Civil Veterinary Department. Central Provinces & Berar 1932-41 - 1932-1941
Year: 1932
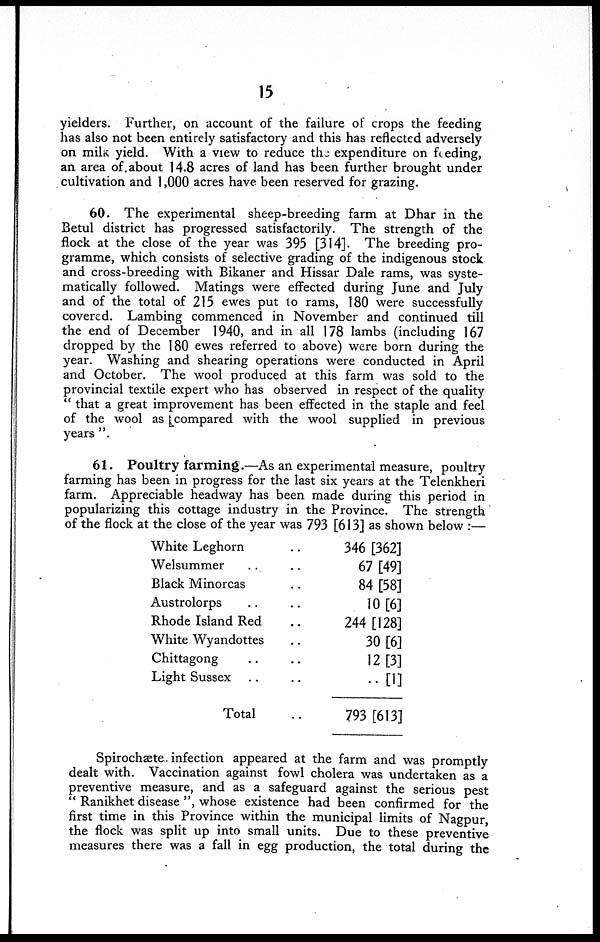
15
yielders. Further, on account of the failure of crops the feeding
has also not been entirely satisfactory and this has reflected adversely
on milk yield. With a view to reduce the expenditure on feeding,
an area of. about 14.8 acres of land has been further brought under
cultivation and 1,000 acres have been reserved for grazing.
60. The experimental sheep-breeding farm at Dhar in the
Betul district has progressed satisfactorily. The strength of the
flock at the close of the year was 395 [314]. The breeding pro-
gramme, which consists of selective grading of the indigenous stock
and cross-breeding with Bikaner and Hissar Dale rams, was syste-
matically followed. Matings were effected during June and July
and of the total of 215 ewes put to rams, 180 were successfully
covered. Lambing commenced in November and continued till
the end of December 1940, and in all 178 lambs (including 167
dropped by the 180 ewes referred to above) were born during the
year. Washing and shearing operations were conducted in April
and October. The wool produced at this farm was sold to the
provincial textile expert who has observed in respect of the quality
" that a great improvement has been effected in the staple and feel
of the wool as compared with the wool supplied in previous
years ".
61. Poultry farming.—As an experimental measure, poultry
farming has been in progress for the last six years at the Telenkheri
farm. Appreciable headway has been made during this period in
popularizing this cottage industry in the Province. The strength
of the flock at the close of the year was 793 [613] as shown below :—
White Leghorn ..
Welsummer .. ..
Black Minorcas ..
Austrolorps .. ..
Rhode Island Red ..
White Wyandottes ..
Chittagong .. ..
Light Sussex .. ..
Total ..
346 [362]
67 [49]
84 [58]
10 [6]
244 [128]
30 [6]
12 [3]
.. [1]
793 [613]
Spirochæte infection appeared at the farm and was promptly
dealt with. Vaccination against fowl cholera was undertaken as a
preventive measure, and as a safeguard against the serious pest
"Ranikhet disease", whose existence had been confirmed for the
first time in this Province within the municipal limits of Nagpur,
the flock was split up into small units. Due to these preventive
measures there was a fall in egg production, the total during the